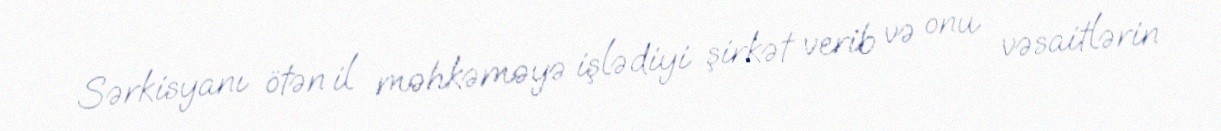
Sərkisyanı ötən il məhkəməyə işlədiyi şirkət verib və onu vəsaitlərin